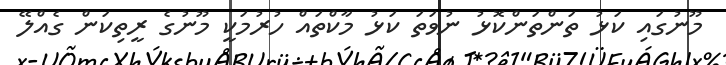
މޫނުގައި ކަޅު ތަންތަންކޮޅު ނުވަތަ ކަޅު މާކްތައް ހުރުމަކީ މޫނުގެ ރީތިކަން ގެއްލޭ